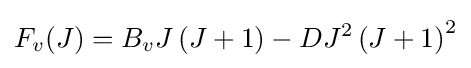
F_{v}(J)=B_{v}J\left(J+1\right)-DJ^{2}\left(J+1\right)^{2}